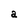
Character: a